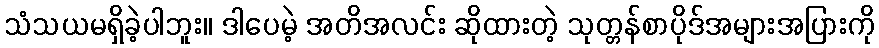
သံသယမရှိခဲ့ပါဘူး။ ဒါပေမဲ့ အတိအလင်း ဆိုထားတဲ့ သုတ္တန်စာပိုဒ်အများအပြားကို